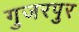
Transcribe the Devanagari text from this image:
गुजरपुर